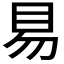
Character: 𰥓